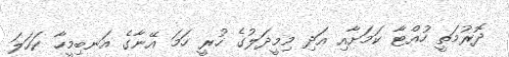
ދޮރުމަތީ ހުއްޓާ ކަމަށާއި އަދި މިމީދަލުގެ ހުރީ ހަމަ އޭނާގެ އަނބިމީހާ ކަހަލަ